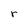
Character: r